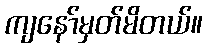
ကျနော်မှတ်မိတယ်။